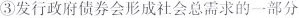
③发行政府债券会形成社会总需求的一部分